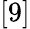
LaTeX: [9]